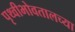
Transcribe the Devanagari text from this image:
पृथ्वीभोवतालच्या